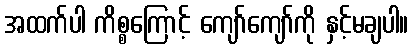
အထက်ပါ ကိစ္စကြောင့် ကျော်ကျော်ကို နှင့်မချပါ။